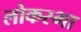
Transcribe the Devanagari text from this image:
लोकस्भा